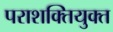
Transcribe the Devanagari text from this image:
पराशक्तियुक्त